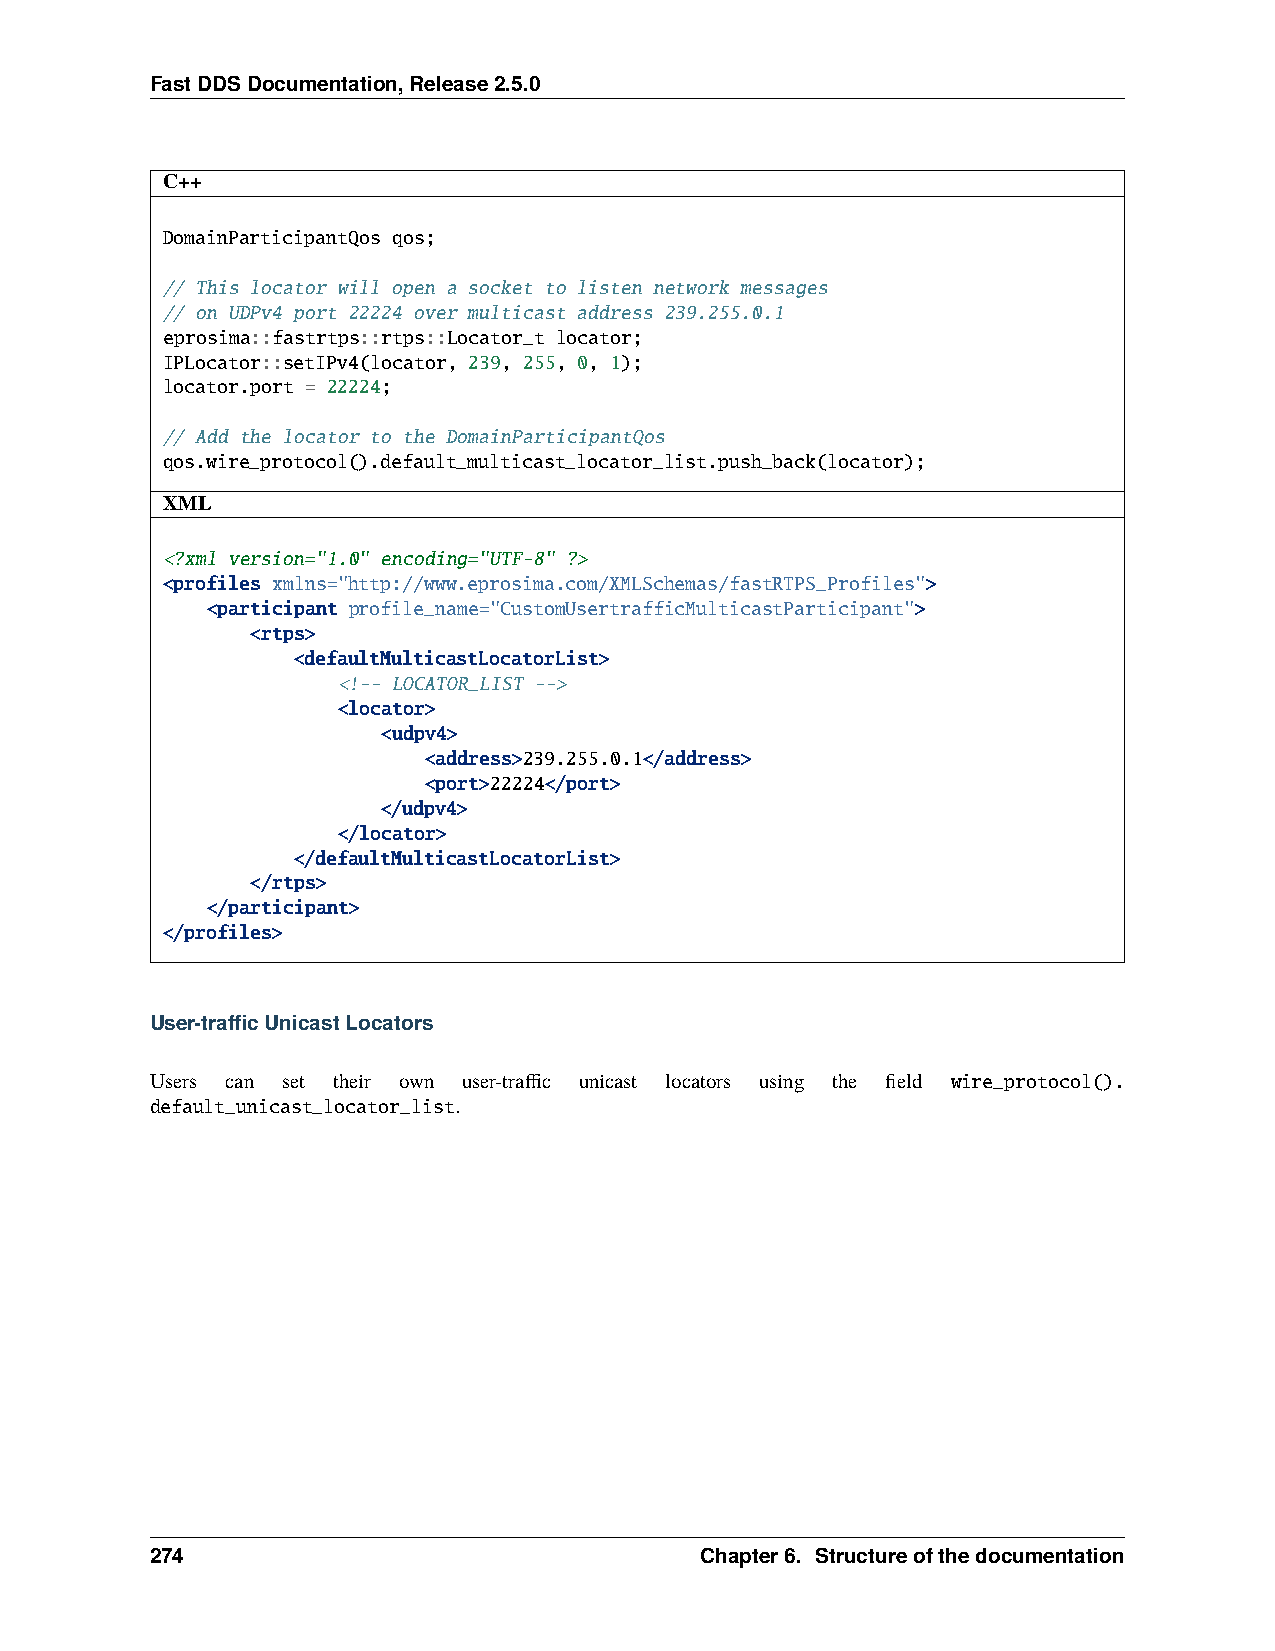
FastDDSDocumentation,Release2.5.0
 C++
 DomainParticipantQos qos;
 // This locator will open a socket to listen network messages
 // on UDPv4 port 22224 over multicast address 239.255.0.1
 eprosima::fastrtps::rtps::Locator_t locator;
 IPLocator::setIPv4(locator, 239, 255, 0, 1);
 locator.port = 22224;
 // Add the locator to the DomainParticipantQos
 qos.wire_protocol().default_multicast_locator_list.push_back(locator);
 XML
 <?xml version="1.0" encoding="UTF-8" ?>
 <profiles xmlns="http://www.eprosima.com/XMLSchemas/fastRTPS_Profiles">
 <participant profile_name="CustomUsertrafficMulticastParticipant">
 <rtps>
 <defaultMulticastLocatorList>
 <!-- LOCATOR_LIST -->
 <locator>
 <udpv4>
 <address>239.255.0.1</address>
 <port>22224</port>
 </udpv4>
 </locator>
 </defaultMulticastLocatorList>
 </rtps>
 </participant>
 </profiles>
 User-trafficUnicastLocators
 Users can set their own user-traffic unicast locators using the field wire_protocol().
 default_unicast_locator_list.
 274                                 Chapter6. Structureofthedocumentation